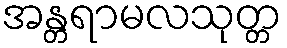
အန္တရာမလသုတ္တ